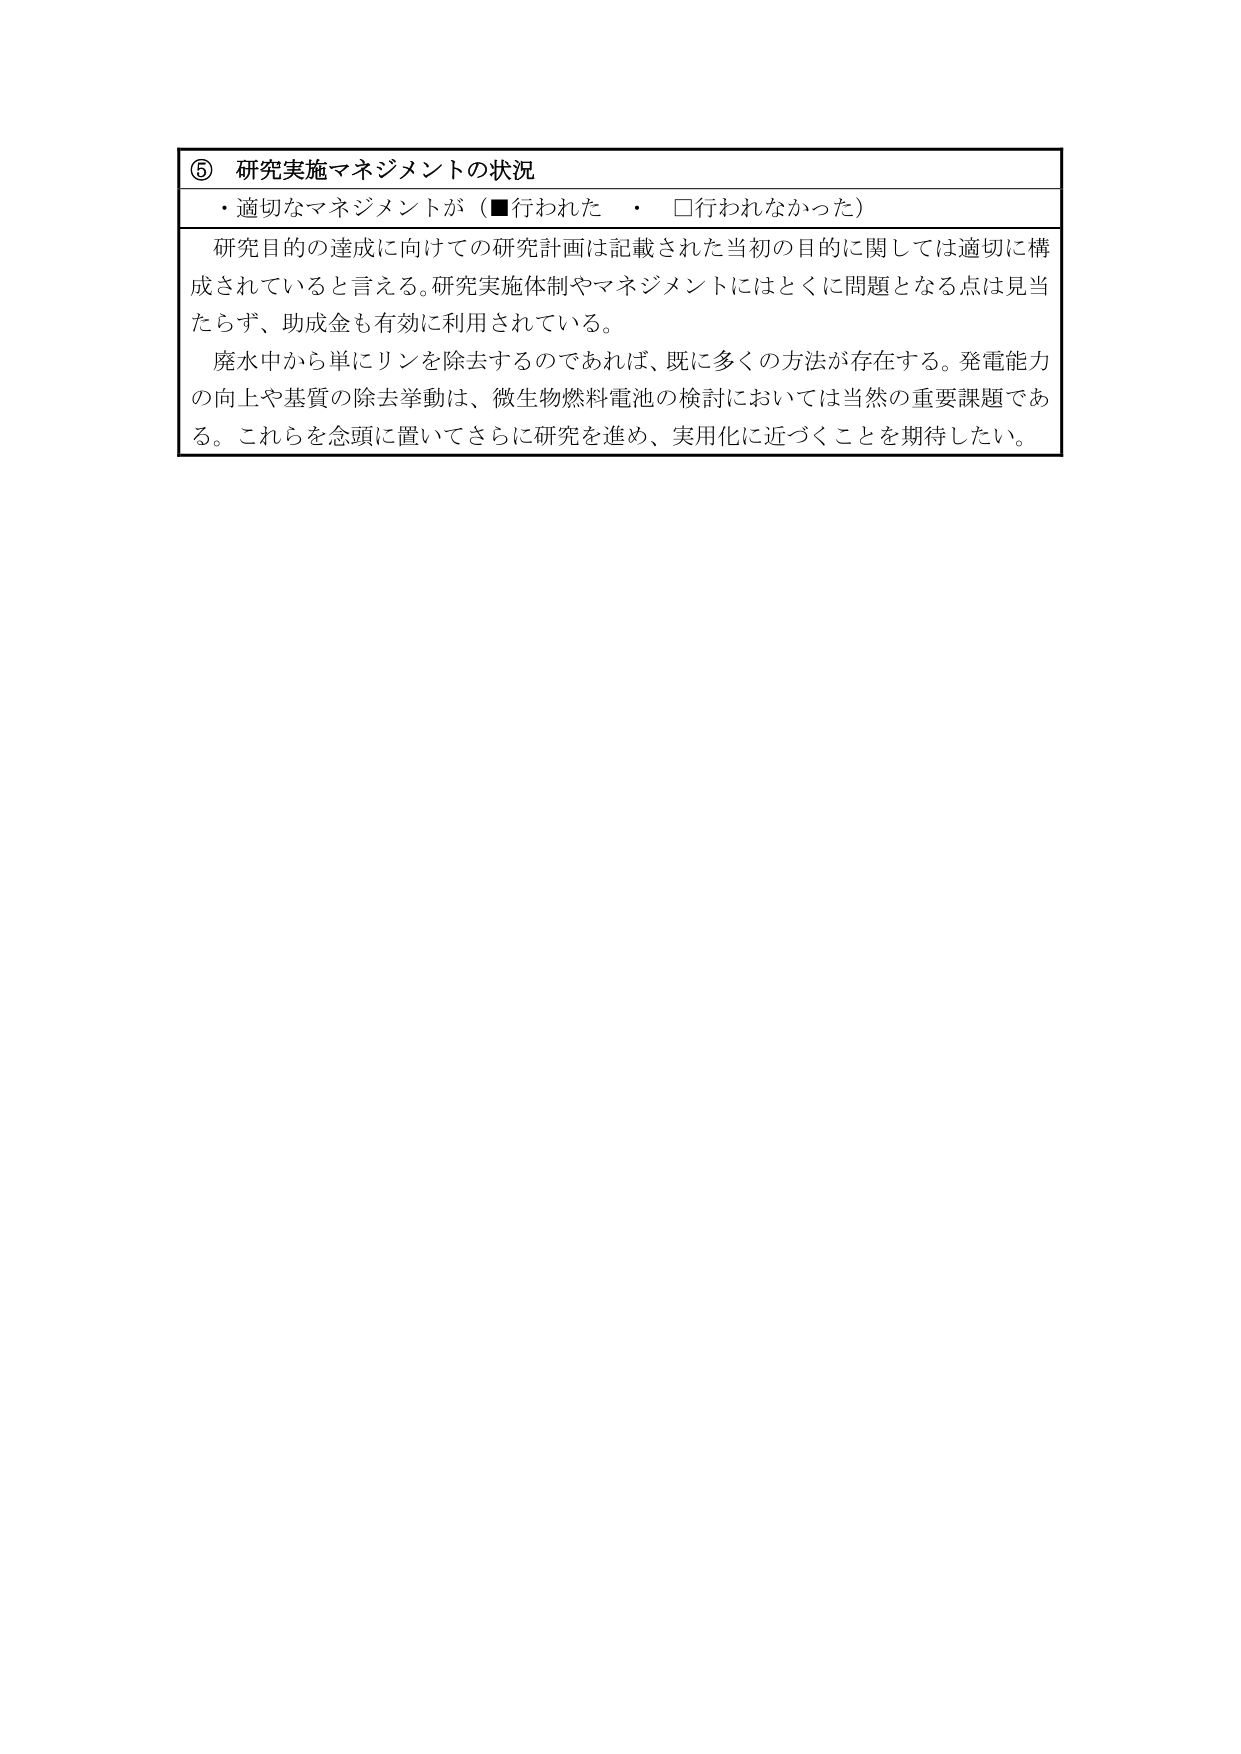
⑤ 研究実施マネジメントの状況
・適切なマネジメントが（■行われた　・　□行われなかった）

研究目的の達成に向けての研究計画は記載された当初の目的に関しては適切に構成されていると言える。研究実施体制やマネジメントにはとくに問題となる点は見当たらず、助成金も有効に利用されている。
廃水中から単にリンを除去するのであれば、既に多くの方法が存在する。発電能力の向上や基質の除去挙動は、微生物燃料電池の検討においては当然の重要課題である。これらを念頭に置いてさらに研究を進め、実用化に近づくことを期待したい。